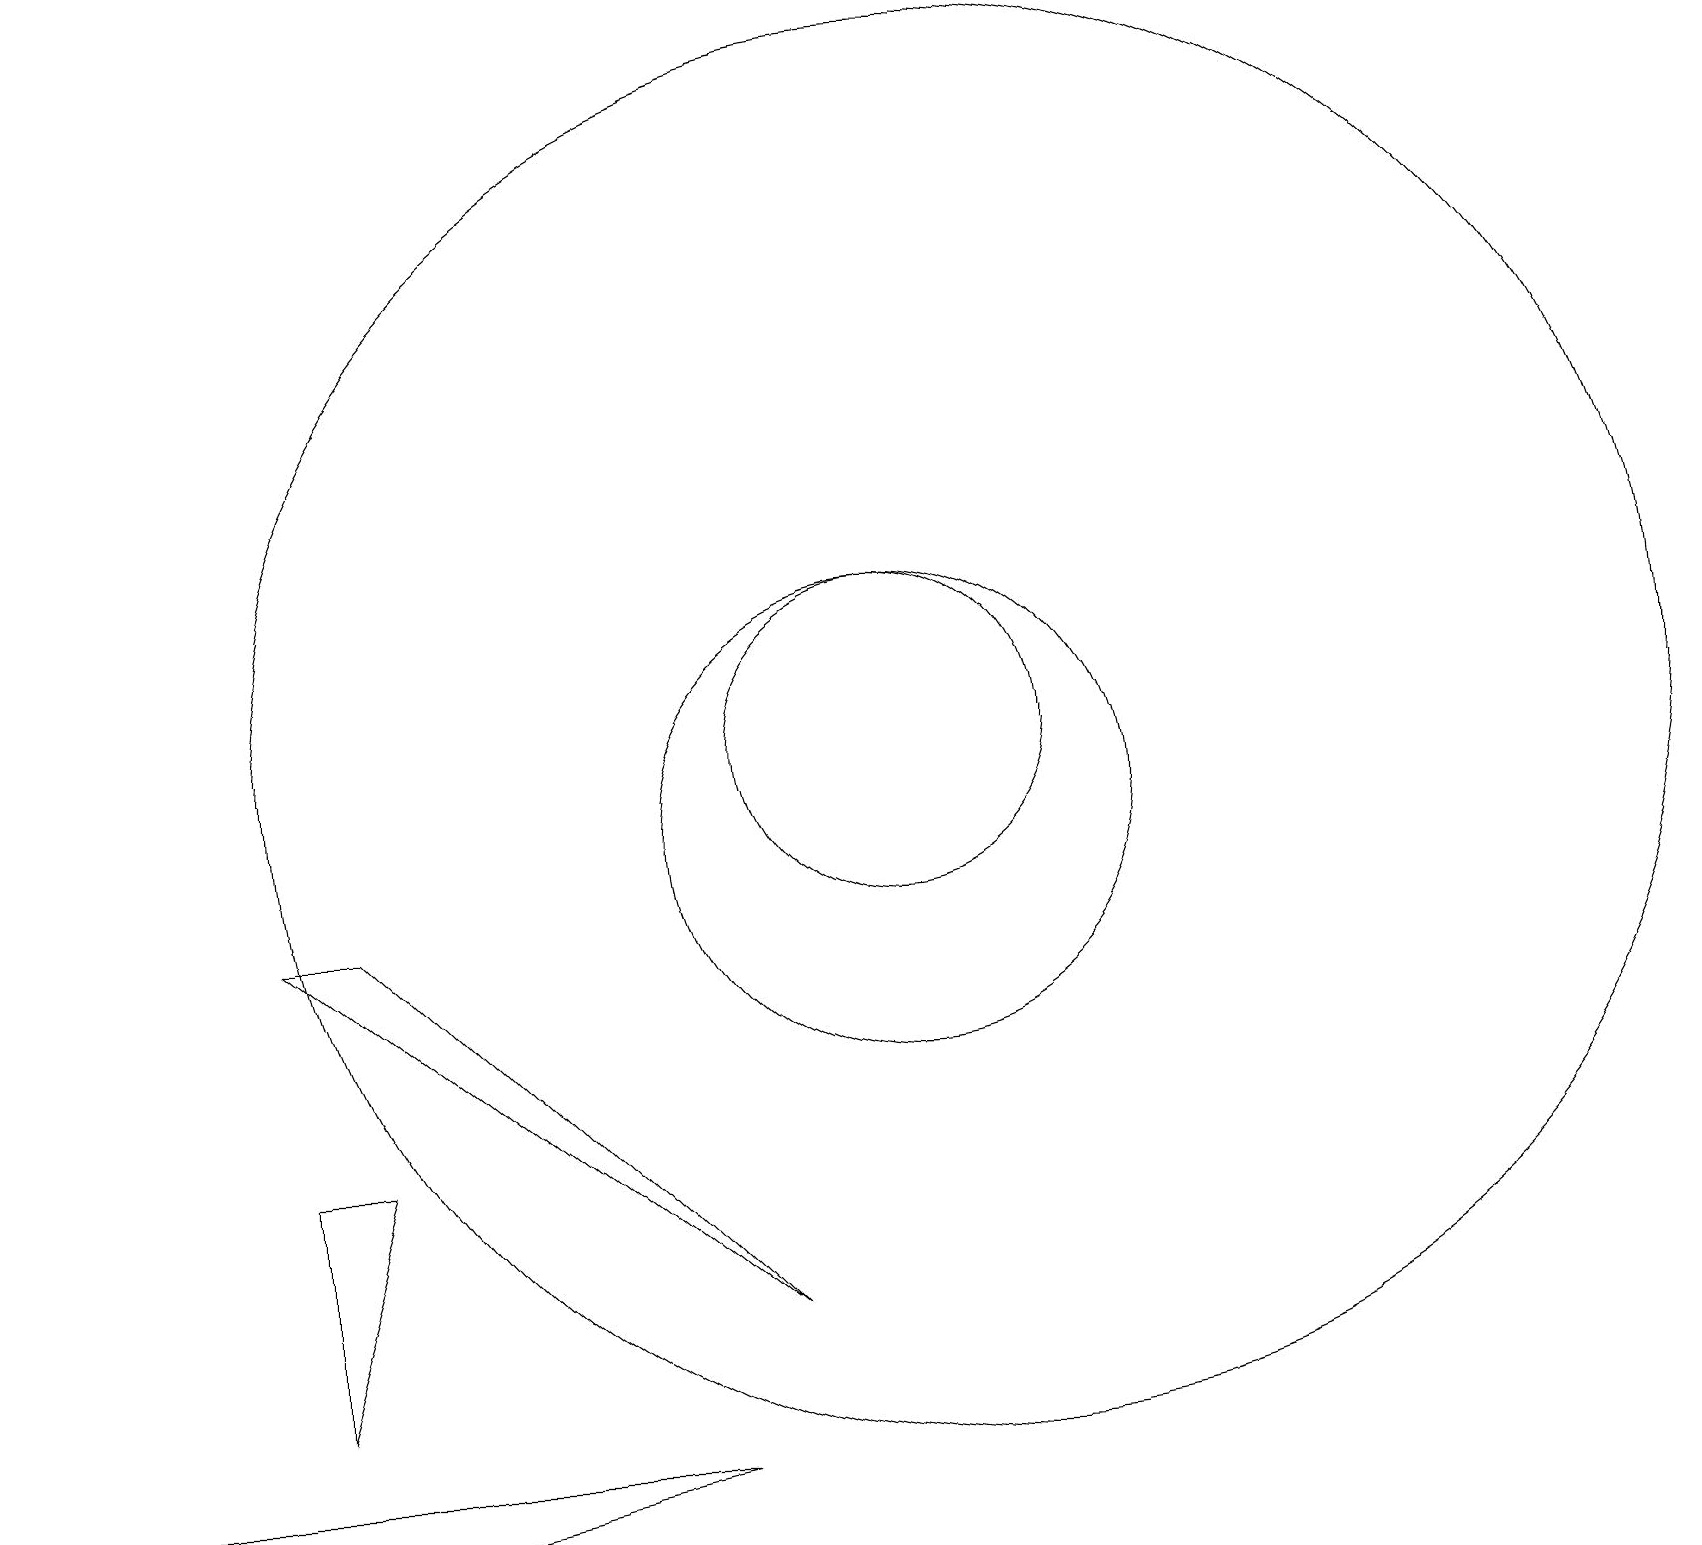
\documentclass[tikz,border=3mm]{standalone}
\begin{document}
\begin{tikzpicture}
\draw (8,2) -- (1,2) -- (3,1) -- cycle;
\draw (4,9) -- (9,4) -- (3,9) -- cycle;
\draw (3,6) -- (4,6) -- (3,3) -- cycle;
\draw (11,10) circle (3);
\draw[->] (0,18) -- (0,19);
\draw (11,11) circle (2);
\draw (12,11) circle (9);
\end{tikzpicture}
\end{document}